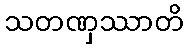
သတဏှဿာတိ